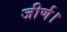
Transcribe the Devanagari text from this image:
जीर्ण।